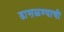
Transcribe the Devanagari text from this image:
ढासळण्याची